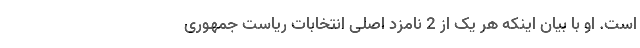
است. او با بیان اینکه هر یک از 2 نامزد اصلی انتخابات ریاست جمهوری